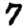
Digit: 7